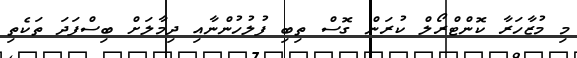
މި މުޒާހަރާ ކޮންޓްރޯލް ކުރަން ގޮސް ތިބި ފުލުހުންނާއި ދިމާލަށް ބިސްފަދަ ތަކެތި